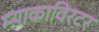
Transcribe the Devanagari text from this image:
म्याकाविरटर